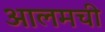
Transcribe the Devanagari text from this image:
आलमची